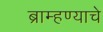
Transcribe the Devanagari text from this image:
ब्राम्हण्याचे